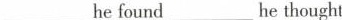
___ he found ___ he thought